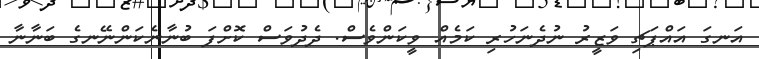
އަނގަ އައްޕަޗި ވަޒީރު ނުދެނަހުރި ކަމެއް ވީކަންވެސް. ދެދުވަސް ކޮށްފަ ބުނާނެކަންނޭނގެ ބަނާނާ